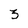
Character: 3